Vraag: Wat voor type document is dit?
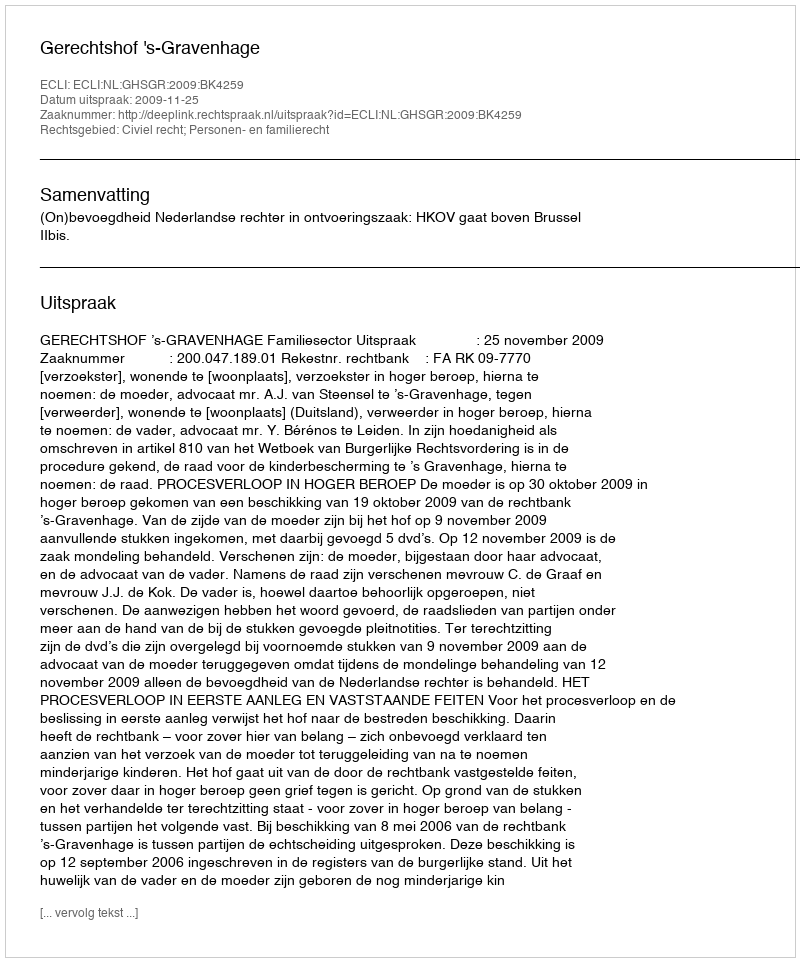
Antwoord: Uitspraak